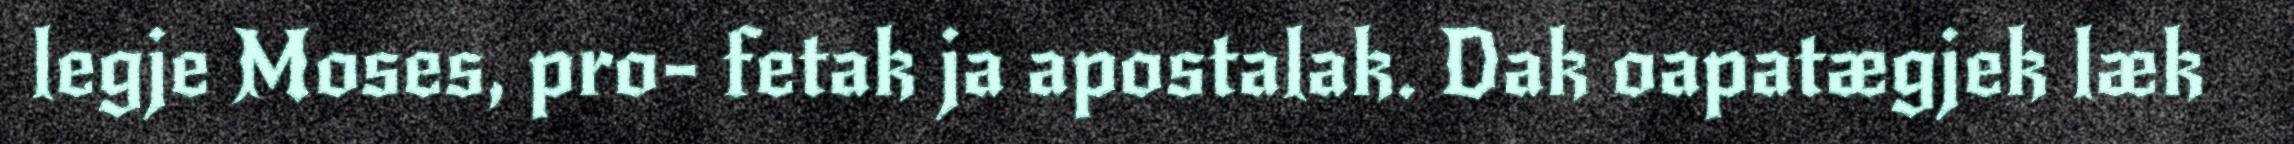
legje Moses, pro- fetak ja apostalak. Dak oapatægjek læk